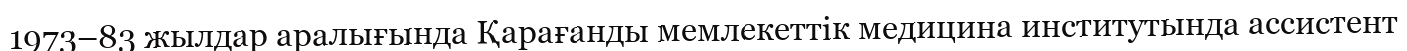
1973–83 жылдар аралығында Қарағанды мемлекеттік медицина институтында ассистент